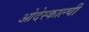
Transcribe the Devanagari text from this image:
ओदेस्काल्ची